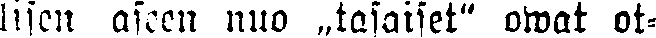
lisen aseen nuo „tasaiset" owat ot-